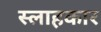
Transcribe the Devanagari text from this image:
स्लाहकार